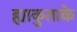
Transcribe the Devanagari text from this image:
ह्याकुताके